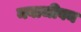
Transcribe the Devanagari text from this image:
नवाजीवन